65_HS1-834228961_62-HQ-83894_Serial_130
Agency: FBI
Page 39
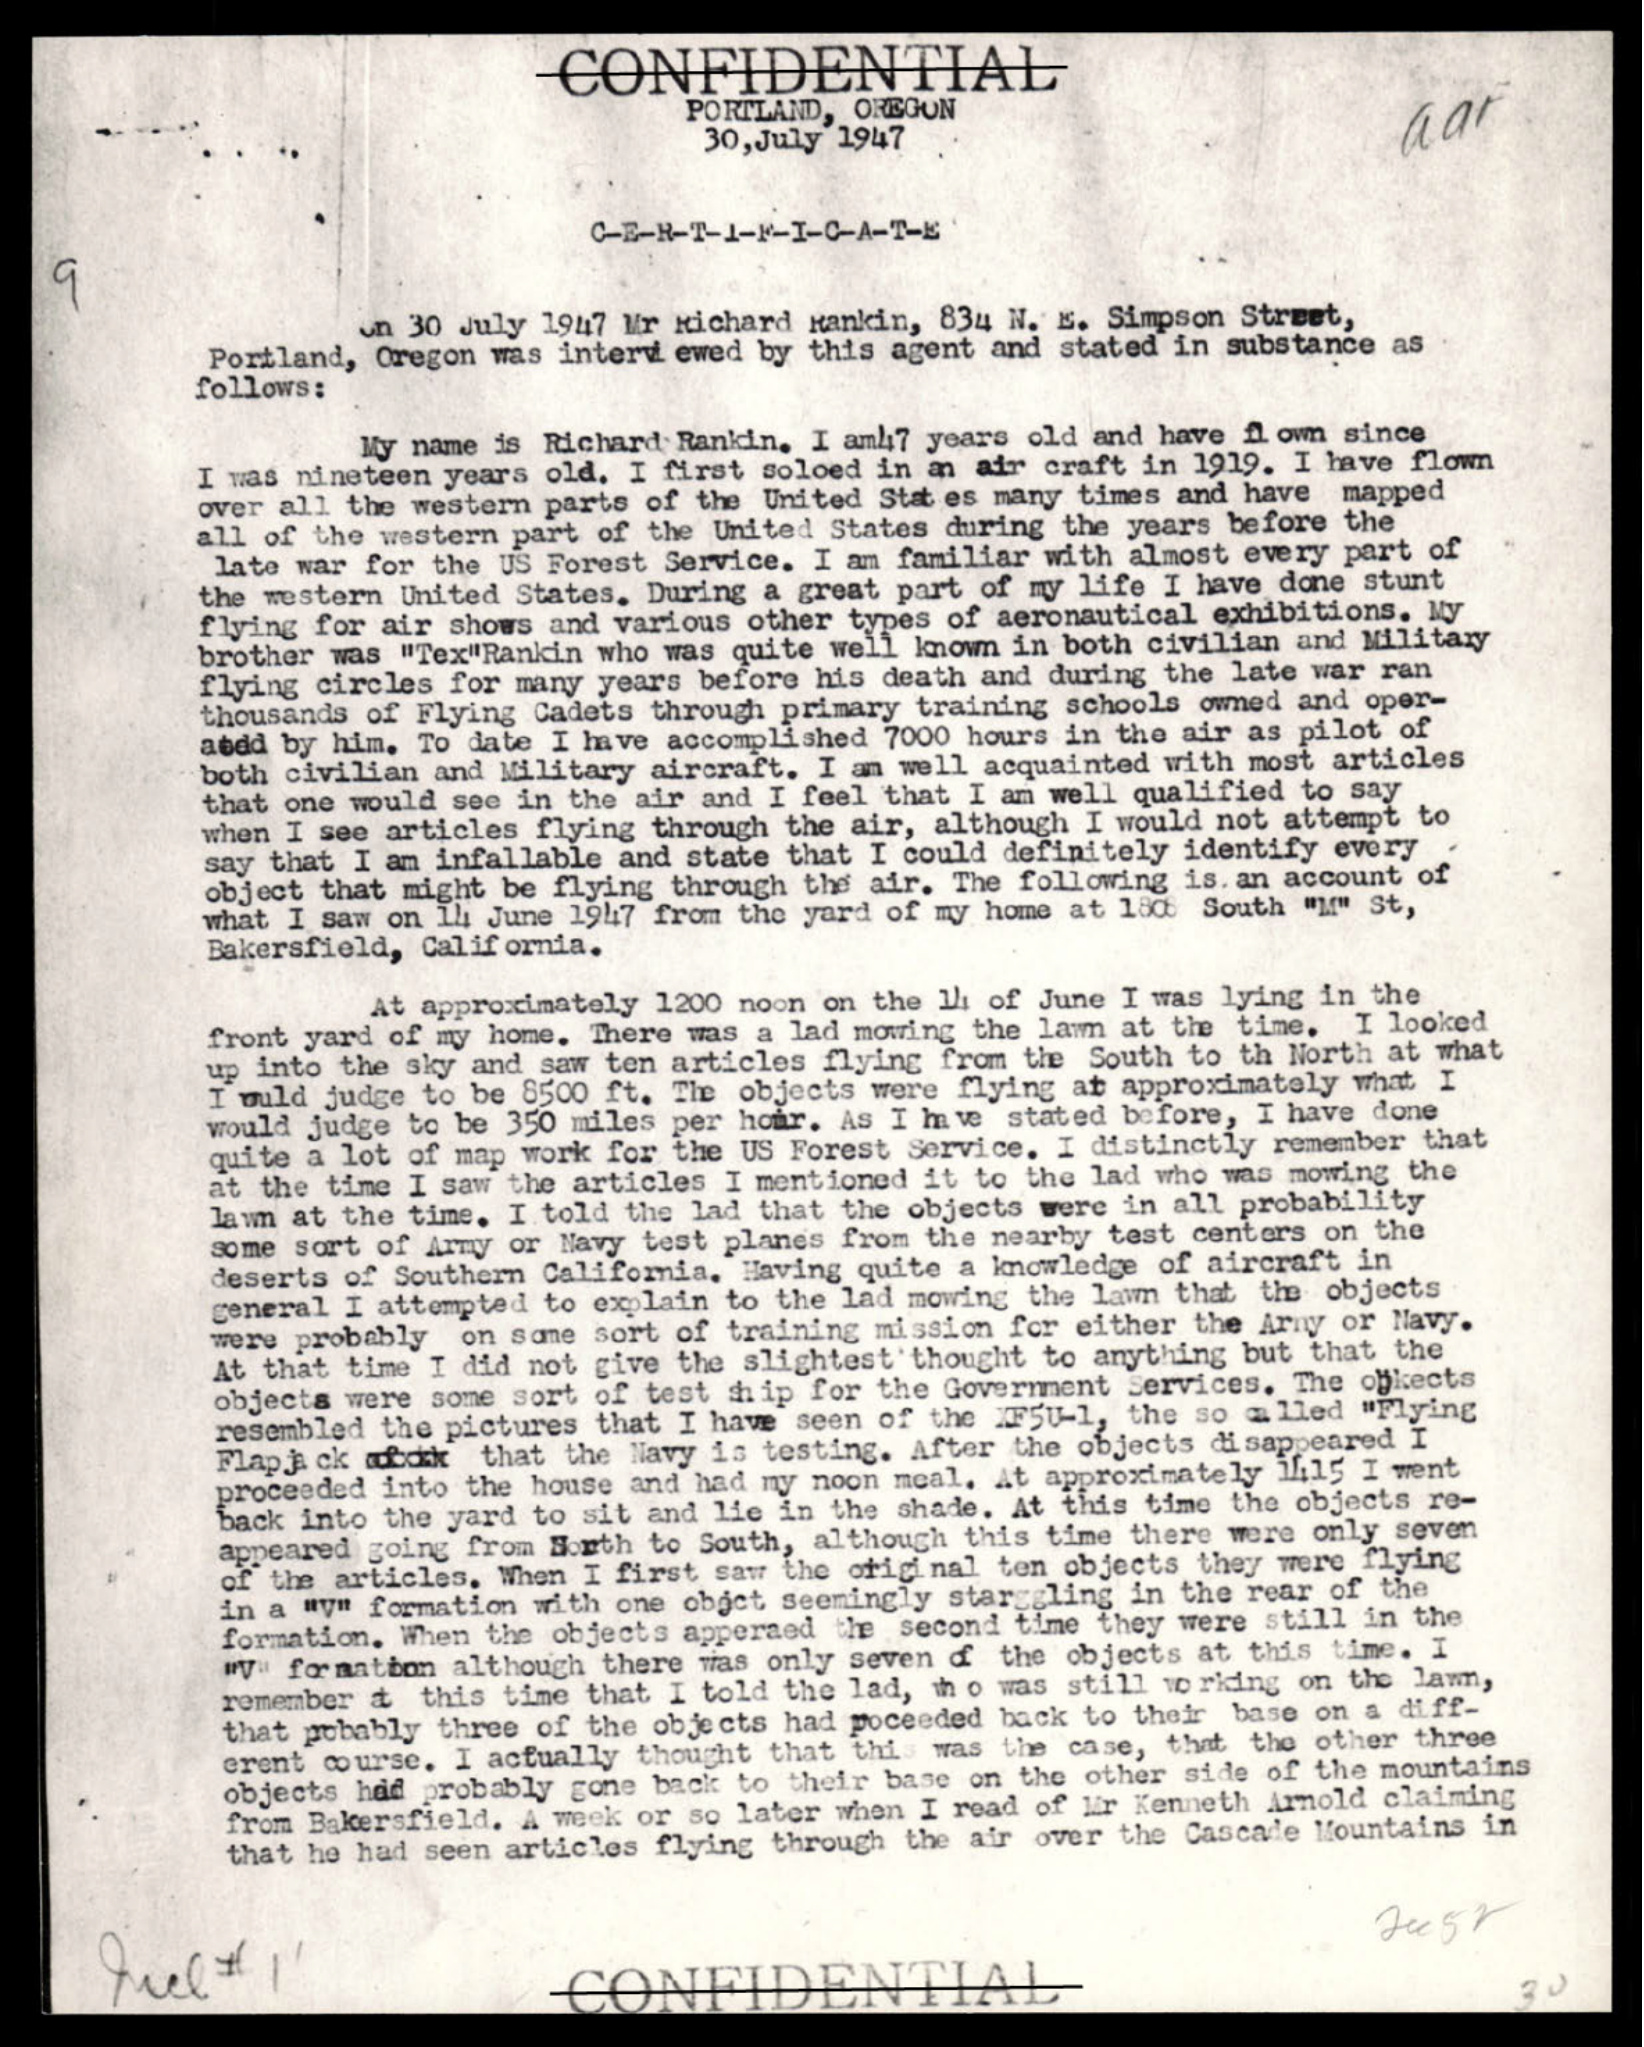